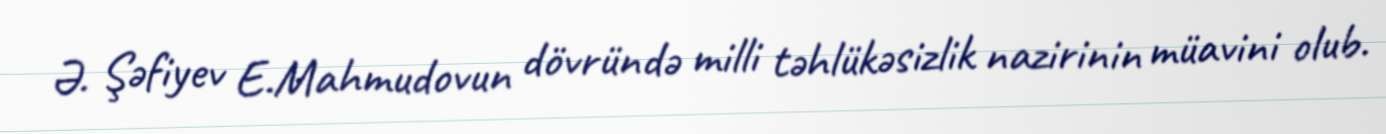
Ə. Şəfiyev E.Mahmudovun dövründə milli təhlükəsizlik nazirinin müavini olub.